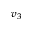
v _ { 3 }